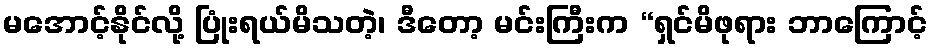
မအောင့်နိုင်လို့ ပြုံးရယ်မိသတဲ့၊ ဒီတော့ မင်းကြီးက “ရှင်မိဖုရား ဘာကြောင့်